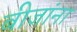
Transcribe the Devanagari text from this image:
बीजांना